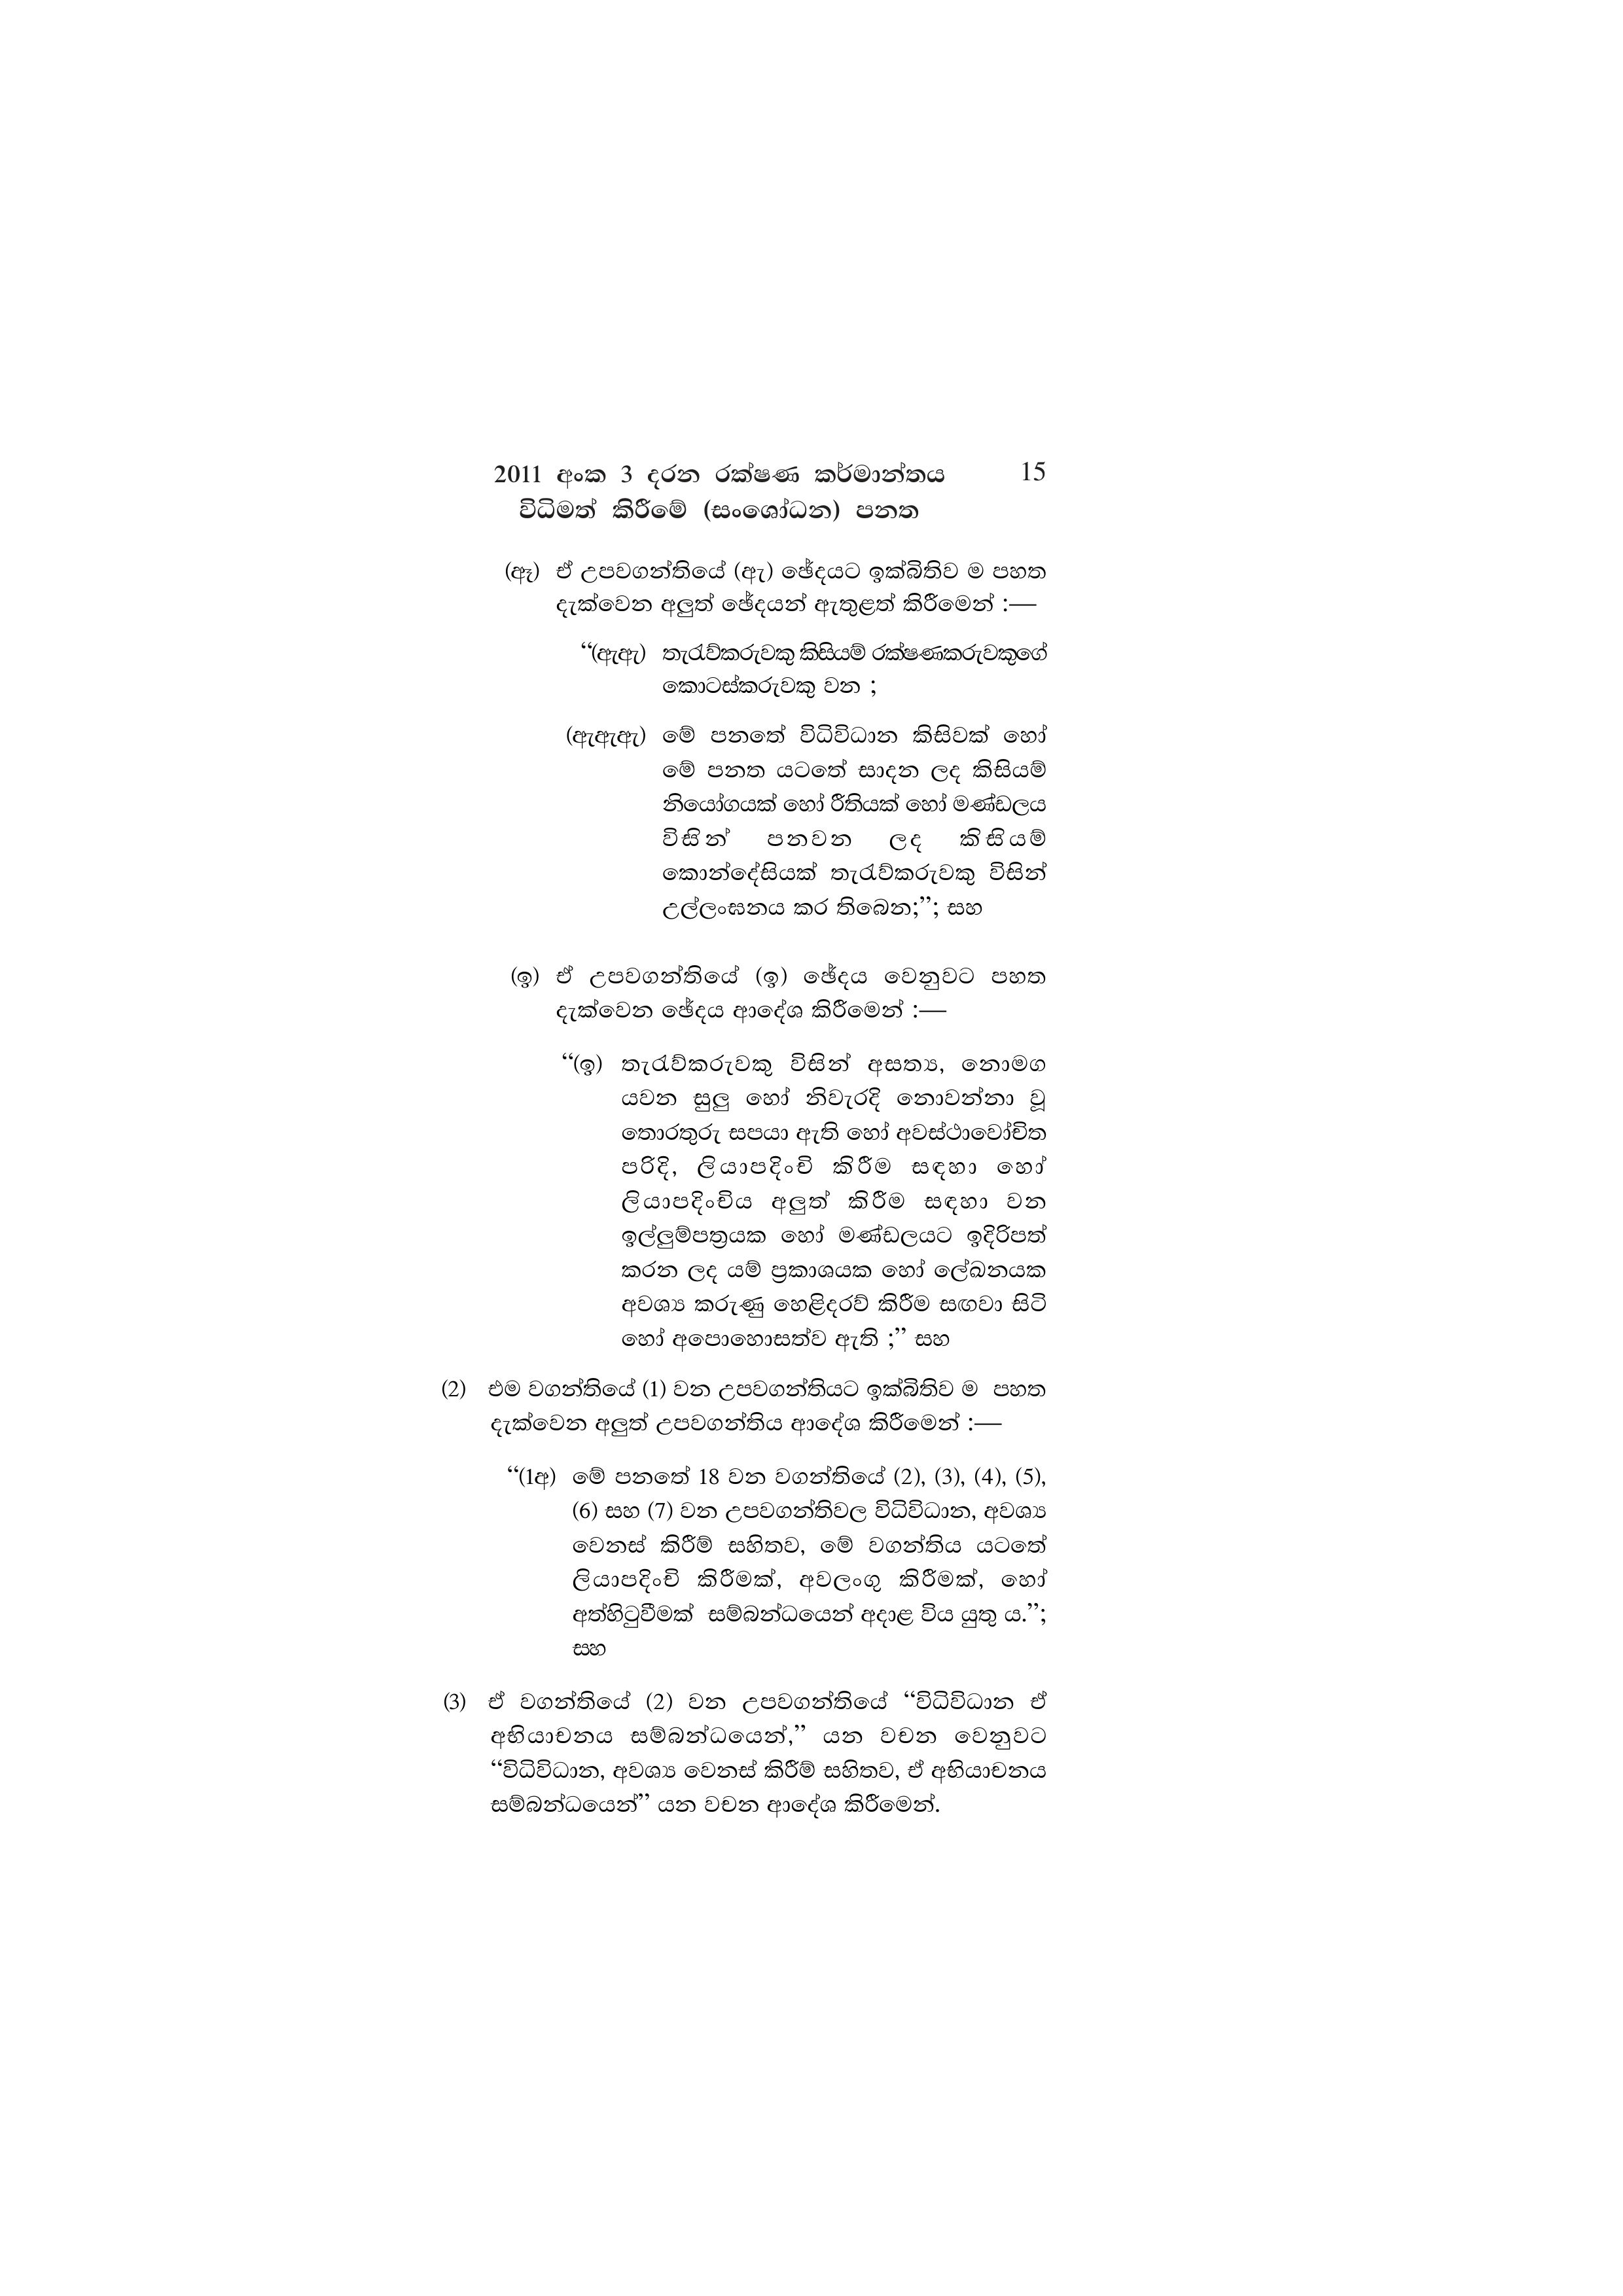
2011 අංක 3 දරන රක්ෂණ කර්මාන්තය 15

විධිමත් කිරීමේ (සංශෝධන) පනත

(ඈ) ඒ උපවගන්තියේ (ඇ) ඡේදයට ඉක්බිතිව ම පහත
දැක්වෙන අලුත් ඡේදයන් ඇතුළත් කිරීමෙන් :—

“(ඇඇ) තැරැව්කරුවකු කිසියම් රක්ෂණකරුවකුගේ
කොටස්කරුවකු වන ;

(ඇඇඇ) මේ පනතේ විධිවිධාන කිසිවක් හෝ
මේ පනත යටතේ සාදන ලද කිසියම්
නියෝගයක් හෝ රීතියක් හෝ මණ්ඩලය
විසින් පනවන ලද කිසියම්
කොන්දේසියක් තැරැව්කරුවකු විසින්
උල්ලංඝනය කර තිබෙන;”; සහ

(ඉ) ඒ උපවගන්තියේ (ඉ) ඡේදය වෙනුවට පහත
දැක්වෙන ඡේදය ආදේශ කිරීමෙන් :—

“(ඉ) තැරැව්කරුවකු විසින් අසත්‍ය, නොමග
යවන සුලු හෝ නිවැරදි නොවන්නා වූ
තොරතුරු සපයා ඇති හෝ අවස්ථාවෝචිත
පරිදි, ලියාපදිංචි කිරීම සඳහා හෝ
ලියාපදිංචිය අලුත් කිරීම සඳහා වන
ඉල්ලුම්පත්‍රයක හෝ මණ්ඩලයට ඉදිරිපත්
කරන ලද යම් ප්‍රකාශයක හෝ ලේඛනයක
අවශ්‍ය කරුණු හෙළිදරව් කිරීම සඟවා සිටි
හෝ අපොහොසත්ව ඇති ;” සහ

(2) එම වගන්තියේ (1) වන උපවගන්තියට ඉක්බිතිව ම පහත
දැක්වෙන අලුත් උපවගන්තිය ආදේශ කිරීමෙන් :—

“(1අ) මේ පනතේ 18 වන වගන්තියේ (2), (3), (4), (5),
(6) සහ (7) වන උපවගන්තිවල විධිවිධාන, අවශ්‍ය
වෙනස් කිරීම් සහිතව, මේ වගන්තිය යටතේ
ලියාපදිංචි කිරීමක්, අවලංගු කිරීමක්, හෝ
අත්හිටුවීමක් සම්බන්ධයෙන් අදාළ විය යුතු ය.”;
සහ

(3) ඒ වගන්තියේ (2) වන උපවගන්තියේ “විධිවිධාන ඒ
අභියාචනය සම්බන්ධයෙන්,” යන වචන වෙනුවට
“විධිවිධාන, අවශ්‍ය වෙනස් කිරීම් සහිතව, ඒ අභියාචනය
සම්බන්ධයෙන්” යන වචන ආදේශ කිරීමෙන්.